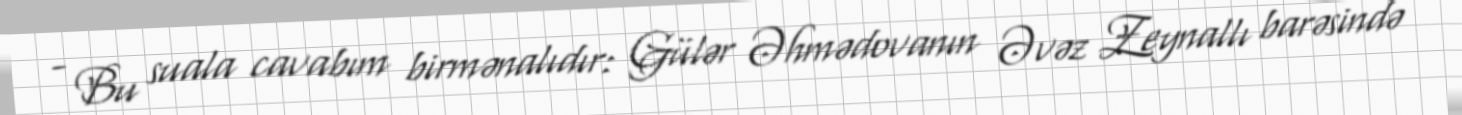
- Bu suala cavabım birmənalıdır: Gülər Əhmədovanın Əvəz Zeynallı barəsində